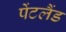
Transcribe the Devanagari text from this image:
पेंटलैंड